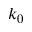
k _ { 0 }